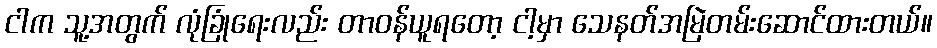
ငါက သူ့အတွက် လုံခြုံရေးလည်း တာဝန်ယူရတော့ ငါ့မှာ သေနတ်အမြဲတမ်းဆောင်ထားတယ်။